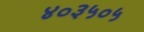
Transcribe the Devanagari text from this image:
४०३५०५